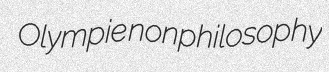
Olympie nonphilosophy